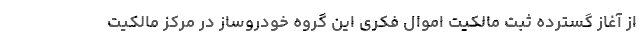
از آغاز گسترده ثبت مالکیت اموال فکری این گروه خودروساز در مرکز مالکیت